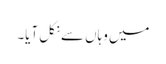
میں وہاں سے نکل آیا۔